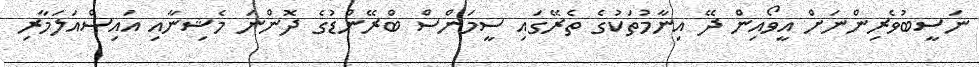
ނަސީބުވެރިންނަށް އީވޯއިން ދޭ އިނާމުތަކުގެ ތެރޭގައި ސީމަންސް ބްރޭންޑުގެ ދޮންނަ މެޝިނާއި އައިސްއަލަމާރި